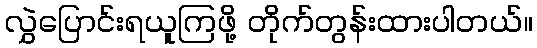
လွှဲပြောင်းရယူကြဖို့ တိုက်တွန်းထားပါတယ်။